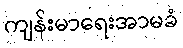
ကျန်းမာရေးအာမခံ